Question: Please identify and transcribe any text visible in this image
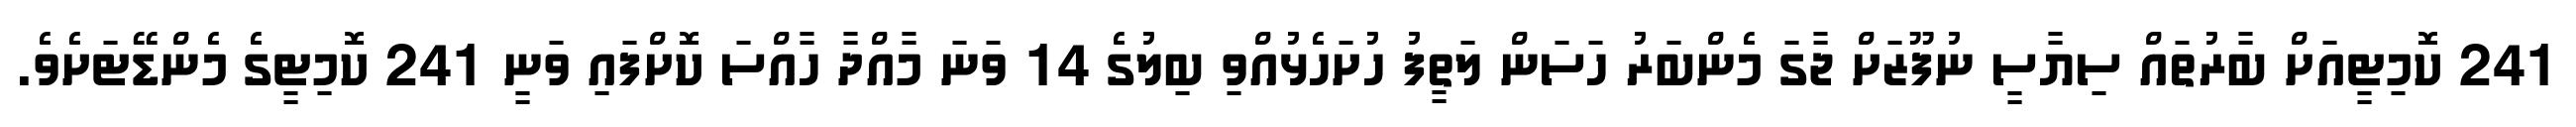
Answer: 241 ކޮމިޓީއަށް ބާރުތައް ސިޔާސީ ނުފޫޒަށް ޖާގަ މެންބަރު ހަސަން ލަތީފު ހުށަހެޅުއްވި ބިލުގެ 14 ވަނަ މާއްދާ ހާއްސަ ކޮށްފައި ވަނީ 241 ކޮމިޓީގެ މެންޑޭޓަށެވެ.